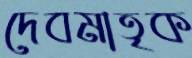
দেবমাতৃক